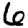
Digit: 6